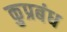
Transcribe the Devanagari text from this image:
कुप्रबंध